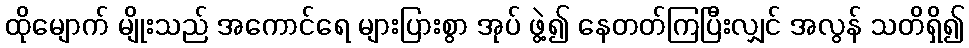
ထိုမျောက် မျိုးသည် အကောင်ရေ များပြားစွာ အုပ် ဖွဲ့၍ နေတတ်ကြပြီးလျှင် အလွန် သတိရှိ၍